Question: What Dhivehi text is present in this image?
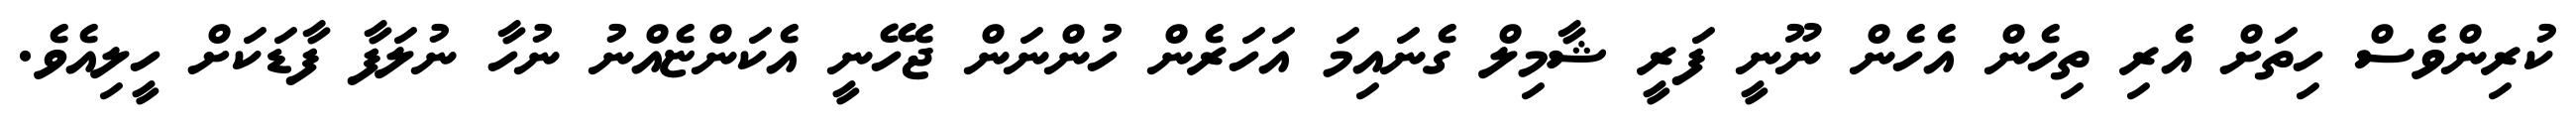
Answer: ކުރިންވެސް ހިތަށް އެރި ތިހެން އެހެން ނޫނީ ފަރީ ޝާމިލް ގެނައިމަ އަހަރެން ހުންނަން ޖެހޭނީ އެކަންޏެއްނު ނުހާ ނުލަފާ ފާޑަކަށް ހީލިއެވެ.